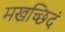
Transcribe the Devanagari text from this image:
मखच्छिदं